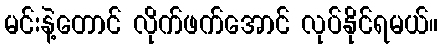
မင်းနဲ့တောင် လိုက်ဖက်အောင် လုပ်နိုင်ရမယ်။